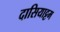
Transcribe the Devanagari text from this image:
दासियाट्टम